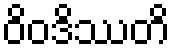
ဝိဝဒိဿတိ